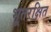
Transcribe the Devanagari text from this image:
भूतरक्षित